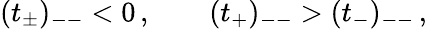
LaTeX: (t_{\pm})_{--}<0\, ,\qquad(t_{+})_{--}>(t_{-})_{--}\, ,